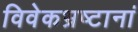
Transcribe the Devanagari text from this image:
विवेकभ्रष्टानां